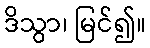
ဒိသွာ၊ မြင်၍။